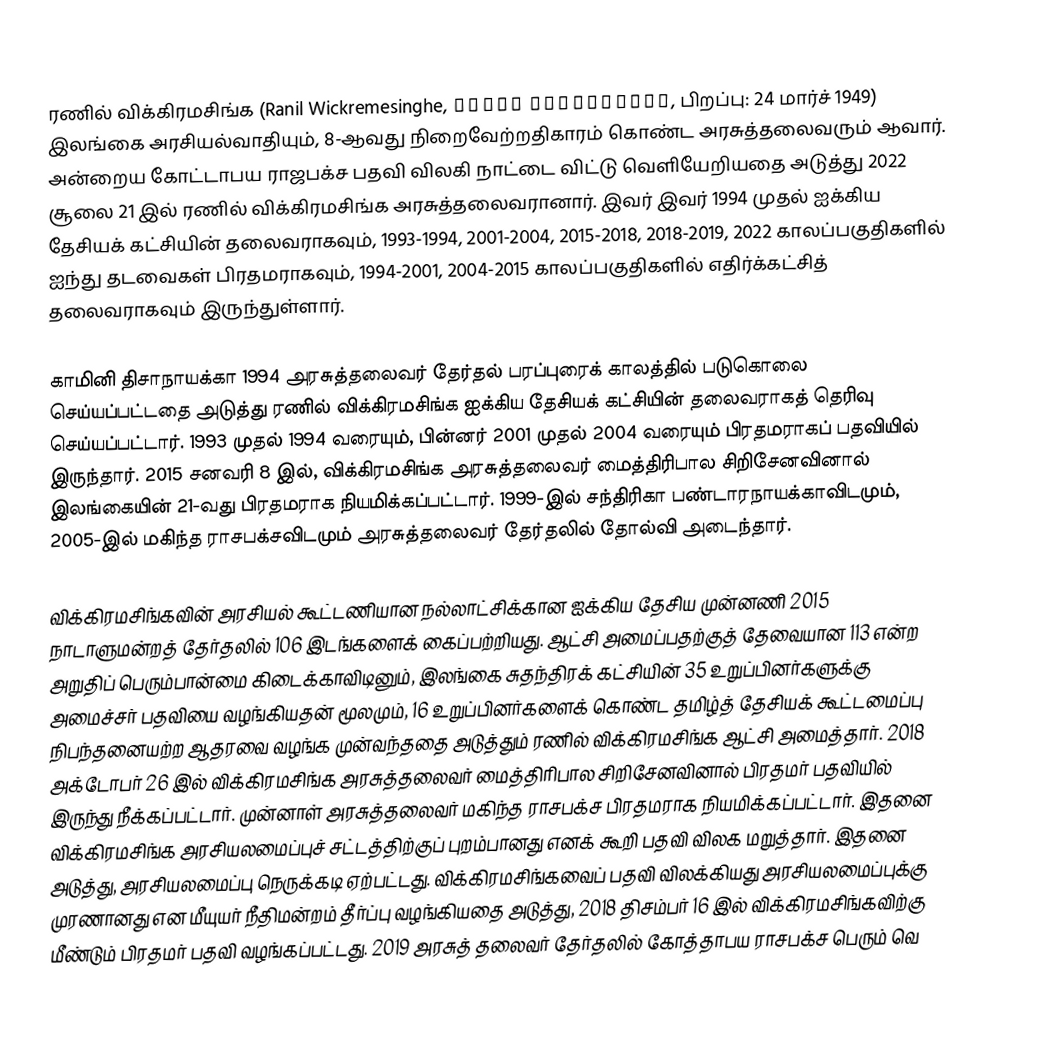
ரணில் விக்கிரமசிங்க (Ranil Wickremesinghe, රනිල් වික්රමසිංහ, பிறப்பு: 24 மார்ச் 1949) இலங்கை அரசியல்வாதியும், 8-ஆவது நிறைவேற்றதிகாரம் கொண்ட அரசுத்தலைவரும் ஆவார். அன்றைய கோட்டாபய ராஜபக்ச பதவி விலகி நாட்டை விட்டு வெளியேறியதை அடுத்து 2022 சூலை 21 இல் ரணில் விக்கிரமசிங்க அரசுத்தலைவரானார். இவர் இவர் 1994 முதல் ஐக்கிய தேசியக் கட்சியின் தலைவராகவும், 1993-1994, 2001-2004, 2015-2018, 2018-2019, 2022 காலப்பகுதிகளில் ஐந்து தடவைகள் பிரதமராகவும், 1994-2001, 2004-2015 காலப்பகுதிகளில் எதிர்க்கட்சித் தலைவராகவும் இருந்துள்ளார்.

காமினி திசாநாயக்கா 1994 அரசுத்தலைவர் தேர்தல் பரப்புரைக் காலத்தில் படுகொலை செய்யப்பட்டதை அடுத்து ரணில் விக்கிரமசிங்க ஐக்கிய தேசியக் கட்சியின் தலைவராகத் தெரிவு செய்யப்பட்டார். 1993 முதல் 1994 வரையும், பின்னர் 2001 முதல் 2004 வரையும் பிரதமராகப் பதவியில் இருந்தார். 2015 சனவரி 8 இல், விக்கிரமசிங்க அரசுத்தலைவர் மைத்திரிபால சிறிசேனவினால் இலங்கையின் 21-வது பிரதமராக நியமிக்கப்பட்டார். 1999-இல் சந்திரிகா பண்டாரநாயக்காவிடமும், 2005-இல் மகிந்த ராசபக்சவிடமும் அரசுத்தலைவர் தேர்தலில் தோல்வி அடைந்தார்.

விக்கிரமசிங்கவின் அரசியல் கூட்டணியான நல்லாட்சிக்கான ஐக்கிய தேசிய முன்னணி 2015 நாடாளுமன்றத் தேர்தலில் 106 இடங்களைக் கைப்பற்றியது. ஆட்சி அமைப்பதற்குத் தேவையான 113 என்ற அறுதிப் பெரும்பான்மை கிடைக்காவிடினும், இலங்கை சுதந்திரக் கட்சியின் 35 உறுப்பினர்களுக்கு அமைச்சர் பதவியை வழங்கியதன் மூலமும், 16 உறுப்பினர்களைக் கொண்ட தமிழ்த் தேசியக் கூட்டமைப்பு நிபந்தனையற்ற ஆதரவை வழங்க முன்வந்ததை அடுத்தும் ரணில் விக்கிரமசிங்க ஆட்சி அமைத்தார். 2018 அக்டோபர் 26 இல் விக்கிரமசிங்க அரசுத்தலைவர் மைத்திரிபால சிறிசேனவினால் பிரதமர் பதவியில் இருந்து நீக்கப்பட்டார். முன்னாள் அரசுத்தலைவர் மகிந்த ராசபக்ச பிரதமராக நியமிக்கப்பட்டார். இதனை விக்கிரமசிங்க அரசியலமைப்புச் சட்டத்திற்குப் புறம்பானது எனக் கூறி பதவி விலக மறுத்தார். இதனை அடுத்து, அரசியலமைப்பு நெருக்கடி ஏற்பட்டது. விக்கிரமசிங்கவைப் பதவி விலக்கியது அரசியலமைப்புக்கு முரணானது என மீயுயர் நீதிமன்றம் தீர்ப்பு வழங்கியதை அடுத்து, 2018 திசம்பர் 16 இல் விக்கிரமசிங்கவிற்கு மீண்டும் பிரதமர் பதவி வழங்கப்பட்டது. 2019 அரசுத் தலைவர் தேர்தலில் கோத்தாபய ராசபக்ச பெரும் வெ